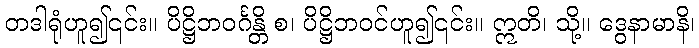
တဒါရုံဟူ၍၎င်း။ ပိဋ္ဌိဘဝင်္ဂန္တိ စ၊ ပိဋ္ဌိဘဝင်ဟူ၍၎င်း။ ဣတိ၊ သို့။ ဒွေနာမာနိ၊